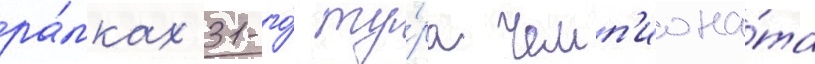
ра́мках 31-го́ ту́ра чемп'иона́та